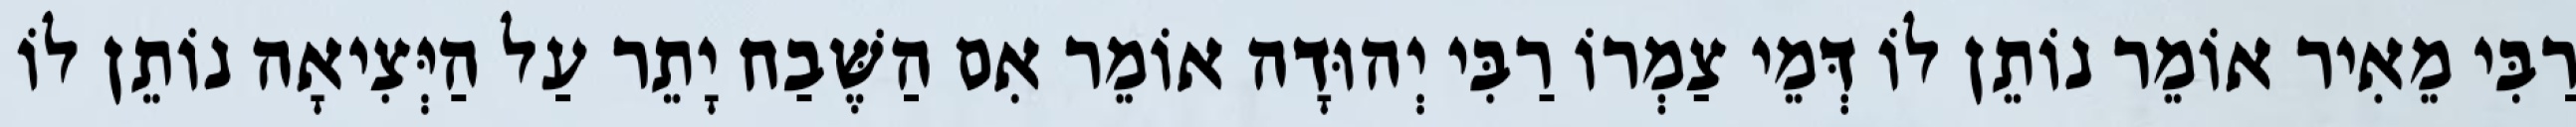
רַבִּי מֵאִיר אוֹמֵר נוֹתֵן לוֹ דְּמֵי צַמְרוֹ רַבִּי יְהוּדָה אוֹמֵר אִם הַשֶּׁבַח יָתֵר עַל הַיְּצִיאָה נוֹתֵן לוֹ